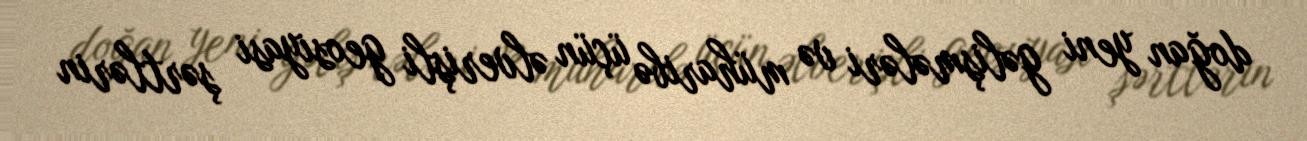
doğan yeni gəlişmələri və müharibə üçün əlverişli geosiyasi şərtlərin